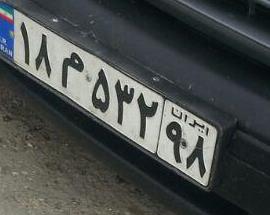
۱۸م۵۳۲۹۸